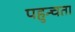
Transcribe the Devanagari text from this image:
पहुन्चता